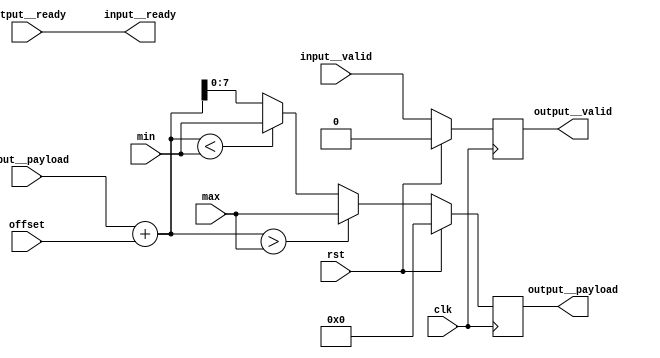
module sap(clk, input__valid, input__payload, input__ready, offset, min, max, output__valid, output__payload, output__ready, rst);
  reg \initial  = 0;
  (* src = "/media/tim/GIT/tcal-x/CFU-Playground/proj/hps_accel/gateware/gen1/post_process.py:236" *)
  wire [31:0] \$1 ;
  (* src = "/media/tim/GIT/tcal-x/CFU-Playground/proj/hps_accel/gateware/gen1/post_process.py:236" *)
  wire [16:0] \$2 ;
  (* src = "/media/tim/GIT/tcal-x/CFU-Playground/proj/hps_accel/gateware/gen1/post_process.py:237" *)
  wire \$5 ;
  (* src = "/media/tim/GIT/tcal-x/CFU-Playground/proj/hps_accel/gateware/gen1/post_process.py:239" *)
  wire \$7 ;
  (* src = "/media/tim/GIT/tcal-x/CFU-Playground/third_party/python/nmigen/nmigen/hdl/ir.py:524" *)
  input clk;
  (* src = "/media/tim/GIT/tcal-x/CFU-Playground/proj/hps_accel/gateware/stream/actor.py:48" *)
  input [15:0] input__payload;
  (* src = "/media/tim/GIT/tcal-x/CFU-Playground/proj/hps_accel/gateware/stream/actor.py:48" *)
  output input__ready;
  (* src = "/media/tim/GIT/tcal-x/CFU-Playground/proj/hps_accel/gateware/stream/actor.py:48" *)
  input input__valid;
  (* src = "/media/tim/GIT/tcal-x/CFU-Playground/proj/hps_accel/gateware/gen1/post_process.py:230" *)
  input [7:0] max;
  (* src = "/media/tim/GIT/tcal-x/CFU-Playground/proj/hps_accel/gateware/gen1/post_process.py:231" *)
  input [7:0] min;
  (* src = "/media/tim/GIT/tcal-x/CFU-Playground/proj/hps_accel/gateware/gen1/post_process.py:229" *)
  input [15:0] offset;
  (* src = "/media/tim/GIT/tcal-x/CFU-Playground/proj/hps_accel/gateware/stream/actor.py:49" *)
  output [7:0] output__payload;
  reg [7:0] output__payload = 8'h00;
  (* src = "/media/tim/GIT/tcal-x/CFU-Playground/proj/hps_accel/gateware/stream/actor.py:49" *)
  reg [7:0] \output__payload$next ;
  (* src = "/media/tim/GIT/tcal-x/CFU-Playground/proj/hps_accel/gateware/stream/actor.py:49" *)
  input output__ready;
  (* src = "/media/tim/GIT/tcal-x/CFU-Playground/proj/hps_accel/gateware/stream/actor.py:49" *)
  output output__valid;
  (* src = "/media/tim/GIT/tcal-x/CFU-Playground/third_party/python/nmigen/nmigen/hdl/ir.py:524" *)
  input rst;
  (* src = "/media/tim/GIT/tcal-x/CFU-Playground/proj/hps_accel/gateware/stream/actor.py:127" *)
  reg sr = 1'h0;
  (* src = "/media/tim/GIT/tcal-x/CFU-Playground/proj/hps_accel/gateware/stream/actor.py:127" *)
  reg \sr$next ;
  (* src = "/media/tim/GIT/tcal-x/CFU-Playground/proj/hps_accel/gateware/gen1/post_process.py:235" *)
  wire [31:0] with_offset;
  assign \$2  = $signed(input__payload) + (* src = "/media/tim/GIT/tcal-x/CFU-Playground/proj/hps_accel/gateware/gen1/post_process.py:236" *) $signed(offset);
  assign \$1  = + (* src = "/media/tim/GIT/tcal-x/CFU-Playground/proj/hps_accel/gateware/gen1/post_process.py:236" *) $signed(\$2 );
  assign \$5  = $signed(with_offset) > (* src = "/media/tim/GIT/tcal-x/CFU-Playground/proj/hps_accel/gateware/gen1/post_process.py:237" *) $signed(max);
  assign \$7  = $signed(with_offset) < (* src = "/media/tim/GIT/tcal-x/CFU-Playground/proj/hps_accel/gateware/gen1/post_process.py:239" *) $signed(min);
  always @(posedge clk)
    output__payload <= \output__payload$next ;
  always @(posedge clk)
    sr <= \sr$next ;
  always @* begin
    if (\initial ) begin end
    \sr$next  = input__valid;
    (* src = "/media/tim/GIT/tcal-x/CFU-Playground/third_party/python/nmigen/nmigen/hdl/xfrm.py:519" *)
    casez (rst)
      1'h1:
          \sr$next  = 1'h0;
    endcase
  end
  always @* begin
    if (\initial ) begin end
    (* full_case = 32'd1 *)
    (* src = "/media/tim/GIT/tcal-x/CFU-Playground/proj/hps_accel/gateware/gen1/post_process.py:237" *)
    casez ({ \$7 , \$5  })
      /* src = "/media/tim/GIT/tcal-x/CFU-Playground/proj/hps_accel/gateware/gen1/post_process.py:237" */
      2'b?1:
          \output__payload$next  = max;
      /* src = "/media/tim/GIT/tcal-x/CFU-Playground/proj/hps_accel/gateware/gen1/post_process.py:239" */
      2'b1?:
          \output__payload$next  = min;
      /* src = "/media/tim/GIT/tcal-x/CFU-Playground/proj/hps_accel/gateware/gen1/post_process.py:241" */
      default:
          \output__payload$next  = with_offset[7:0];
    endcase
    (* src = "/media/tim/GIT/tcal-x/CFU-Playground/third_party/python/nmigen/nmigen/hdl/xfrm.py:519" *)
    casez (rst)
      1'h1:
          \output__payload$next  = 8'h00;
    endcase
  end
  assign with_offset = \$1 ;
  assign output__valid = sr;
  assign input__ready = output__ready;
endmodule